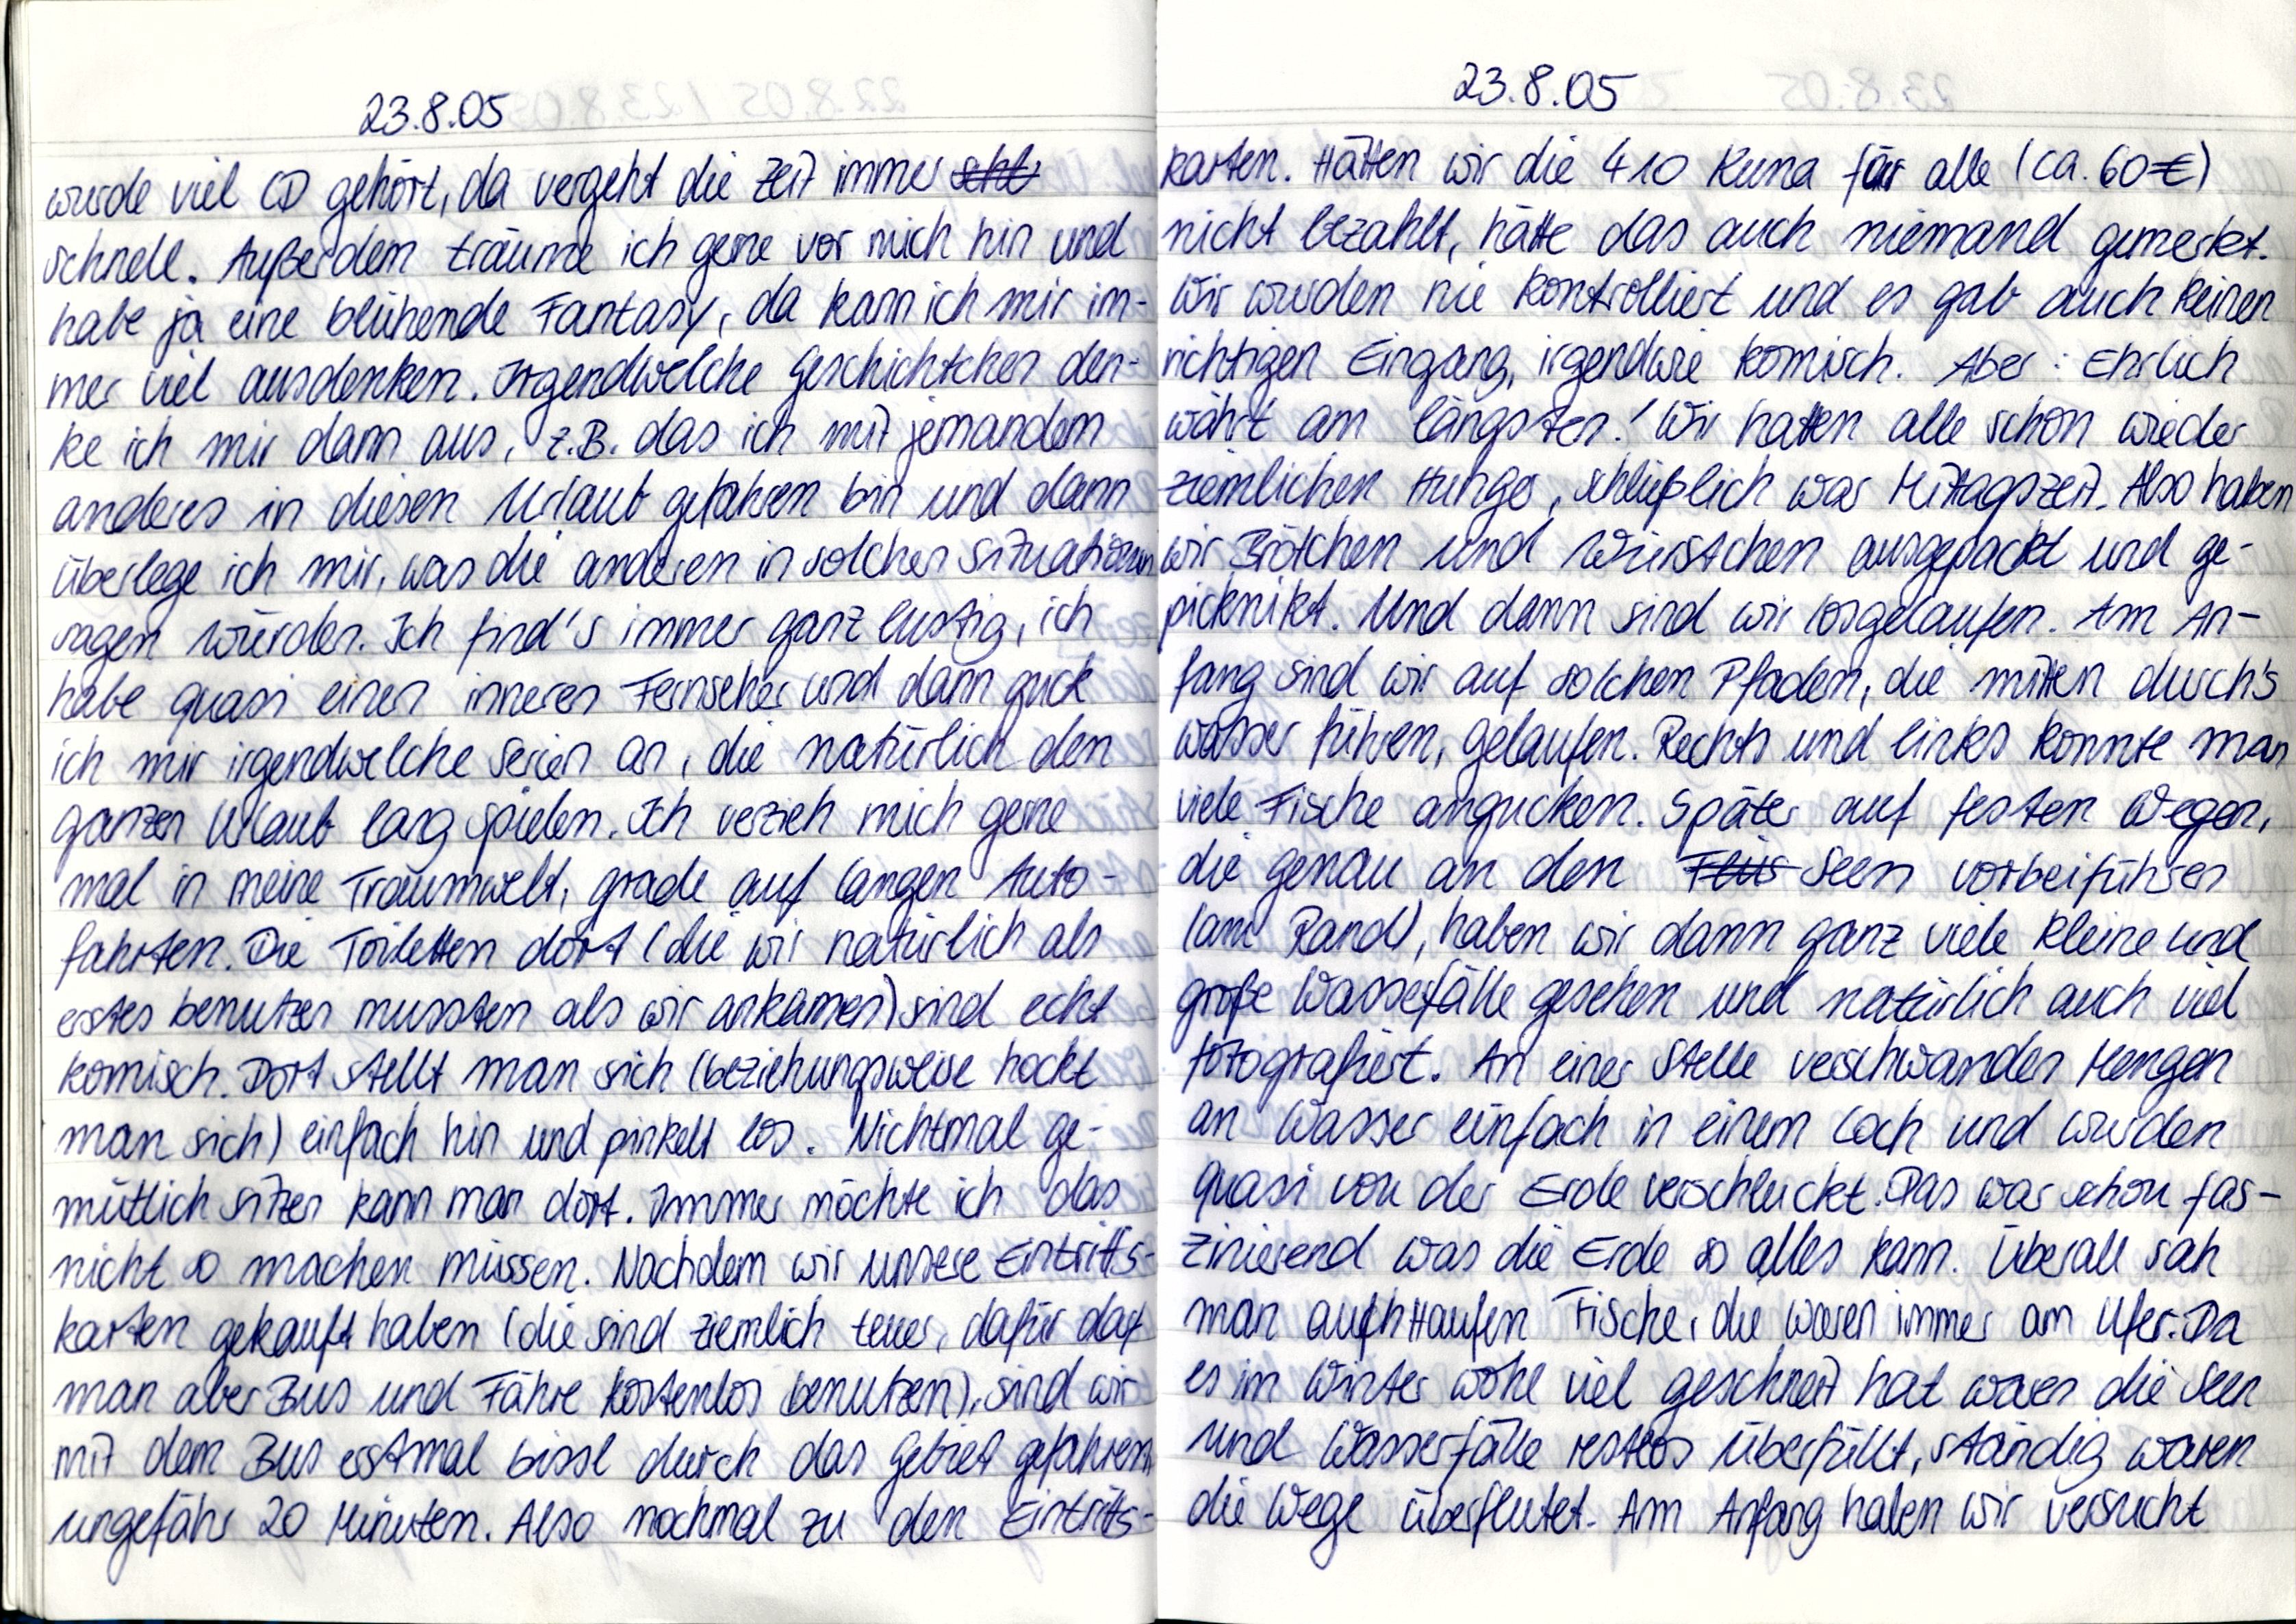
23.8.05
wurde viel CD gehört, da vergeht die Zeit immer
schnell. Außerdem träume ich gerne vor mich hin und
habe ja eine blühende Fantasy, da kann ich mir im-
mer viel ausdenken. Irgendwelche Geschichtchen den-
ke ich mir dann aus, z.B. das ich mit jemandem
anderes in diesen Urlaub gefahren bin und dann
überlege ich mir, was die anderen in solchen Situationen
sagen würden. Ich find's immer ganz lustig, ich
habe quasi einen inneren Fernseher und dann guck
ich mir irgendwelche Serien an, die natürlich den
ganzen Urlaub lang spielen. Ich verzieh mich gerne
mal in meine Traumwelt, grade auf langen Auto-
fahrten. Die Toiletten dort (die wir natürlich als
erstes benutzen mussten als wir ankamen) sind echt
komisch. Dort stellt man sich (beziehungsweise hockt
man sich) einfach hin und pinkelt los. Nichtmal ge-
mütlich sitzen kann man dort. Immer möchte ich das
nicht so machen müssen. Nachdem wir unsere Eintritts-
karten gekauft haben (die sind ziemlich tuer, dafür darf
man aber Bus und Fähre kostenlos benutzen), sind wir
mit dem Bus erstmal bissl durch das Gebiet gefahren
ungefähr 20 Minuten. Also nochmal zu den Eintritts-

23.8.05
karten. Hätten wir die 410 Kuna für alle (ca. 60€)
nicht bezahlt, hätte das auch niemand gemerkt.
Wir wurden nie kontrolliert und es gab auch keinen
richtigen Eingang, irgendwie komisch. Aber: Ehrlich
währt am längsten! Wir hatten alle schon wieder
ziemlichen Hunger, schließlich war Mittagszeit. Also haben
wir Brötchen und Würstchen ausgepackt und ge-
picknikt. Und dann sind wir losgelaufen. Am An-
fang sind wir auf solchen Pfaden, die mitten durch's
Wasser führen, gelaufen. Rechts und links konnte man
viele Fische angucken. Später auf festen Wegen,
die genau an den Seen vorbeiführen
(am Rand), haben wir dann ganz viele kleine und
große Wasserfälle gesehen und natürlich auch viel
fotografiert. An einer Stelle verschwanden Mengen
an Wasser einfach in einem Loch und wurden
quasi von der Erde verschluckt. Das war schon fas-
zinierend was die Erde so alles kann. Überall sah
man auch Haufen Fische, die waren immer am Ufer. Da
es im Winter wohl viel geschneit hat waren die Seen
und Wasserfälle restlos überfüllt, ständig waren
die Wege überflutet. Am Anfang haben wir versucht